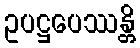
ဥပဋ္ဌပေဿန္တိ